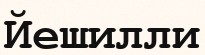
Йешилли